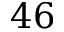
4 6